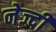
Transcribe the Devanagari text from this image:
नेज्दी